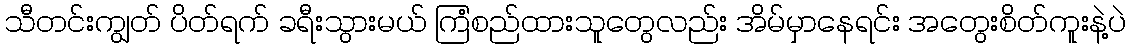
သီတင်းကျွတ် ပိတ်ရက် ခရီးသွားမယ် ကြံစည်ထားသူတွေလည်း အိမ်မှာနေရင်း အတွေးစိတ်ကူးနဲ့ပဲ